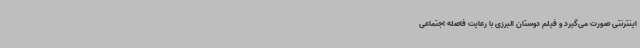
اینترنتی صورت می‌گیرد و فیلم دوستان البرزی با رعایت فاصله اجتماعی